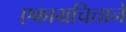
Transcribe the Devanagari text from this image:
एकाग्रचित्ताने